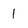
Character: 1